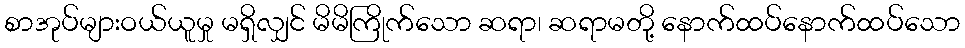
စာအုပ်များဝယ်ယူမှု မရှိလျှင် မိမိကြိုက်သော ဆရာ၊ ဆရာမတို့ နောက်ထပ်နောက်ထပ်သော